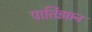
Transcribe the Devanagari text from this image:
पार्तिझान